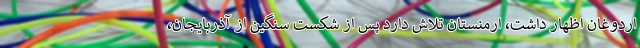
اردوغان اظهار داشت، ارمنستان تلاش دارد پس از شکست سنگین از آذربایجان،